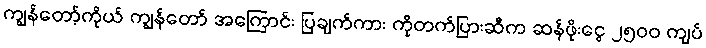
ကျွန်တော့်ကိုယ် ကျွန်တော် အကြောင်း ပြချက်ကား ကိုတက်ပြားဆီက ဆန်ဖိုးငွေ ၂၅၀၀ ကျပ်